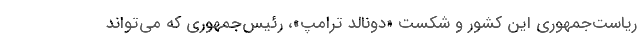
ریاست‌جمهوری این کشور و شکست «دونالد ترامپ»، رئیس‌جمهوری که می‌تواند